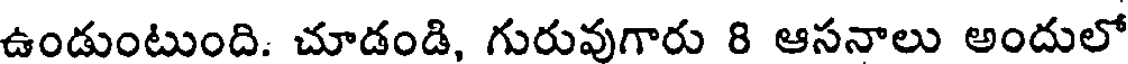
ఉండుంటుంది. చూడండి, గురువుగారు 8 ఆసనాలు అందులో